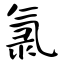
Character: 氯